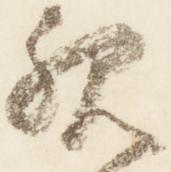
親